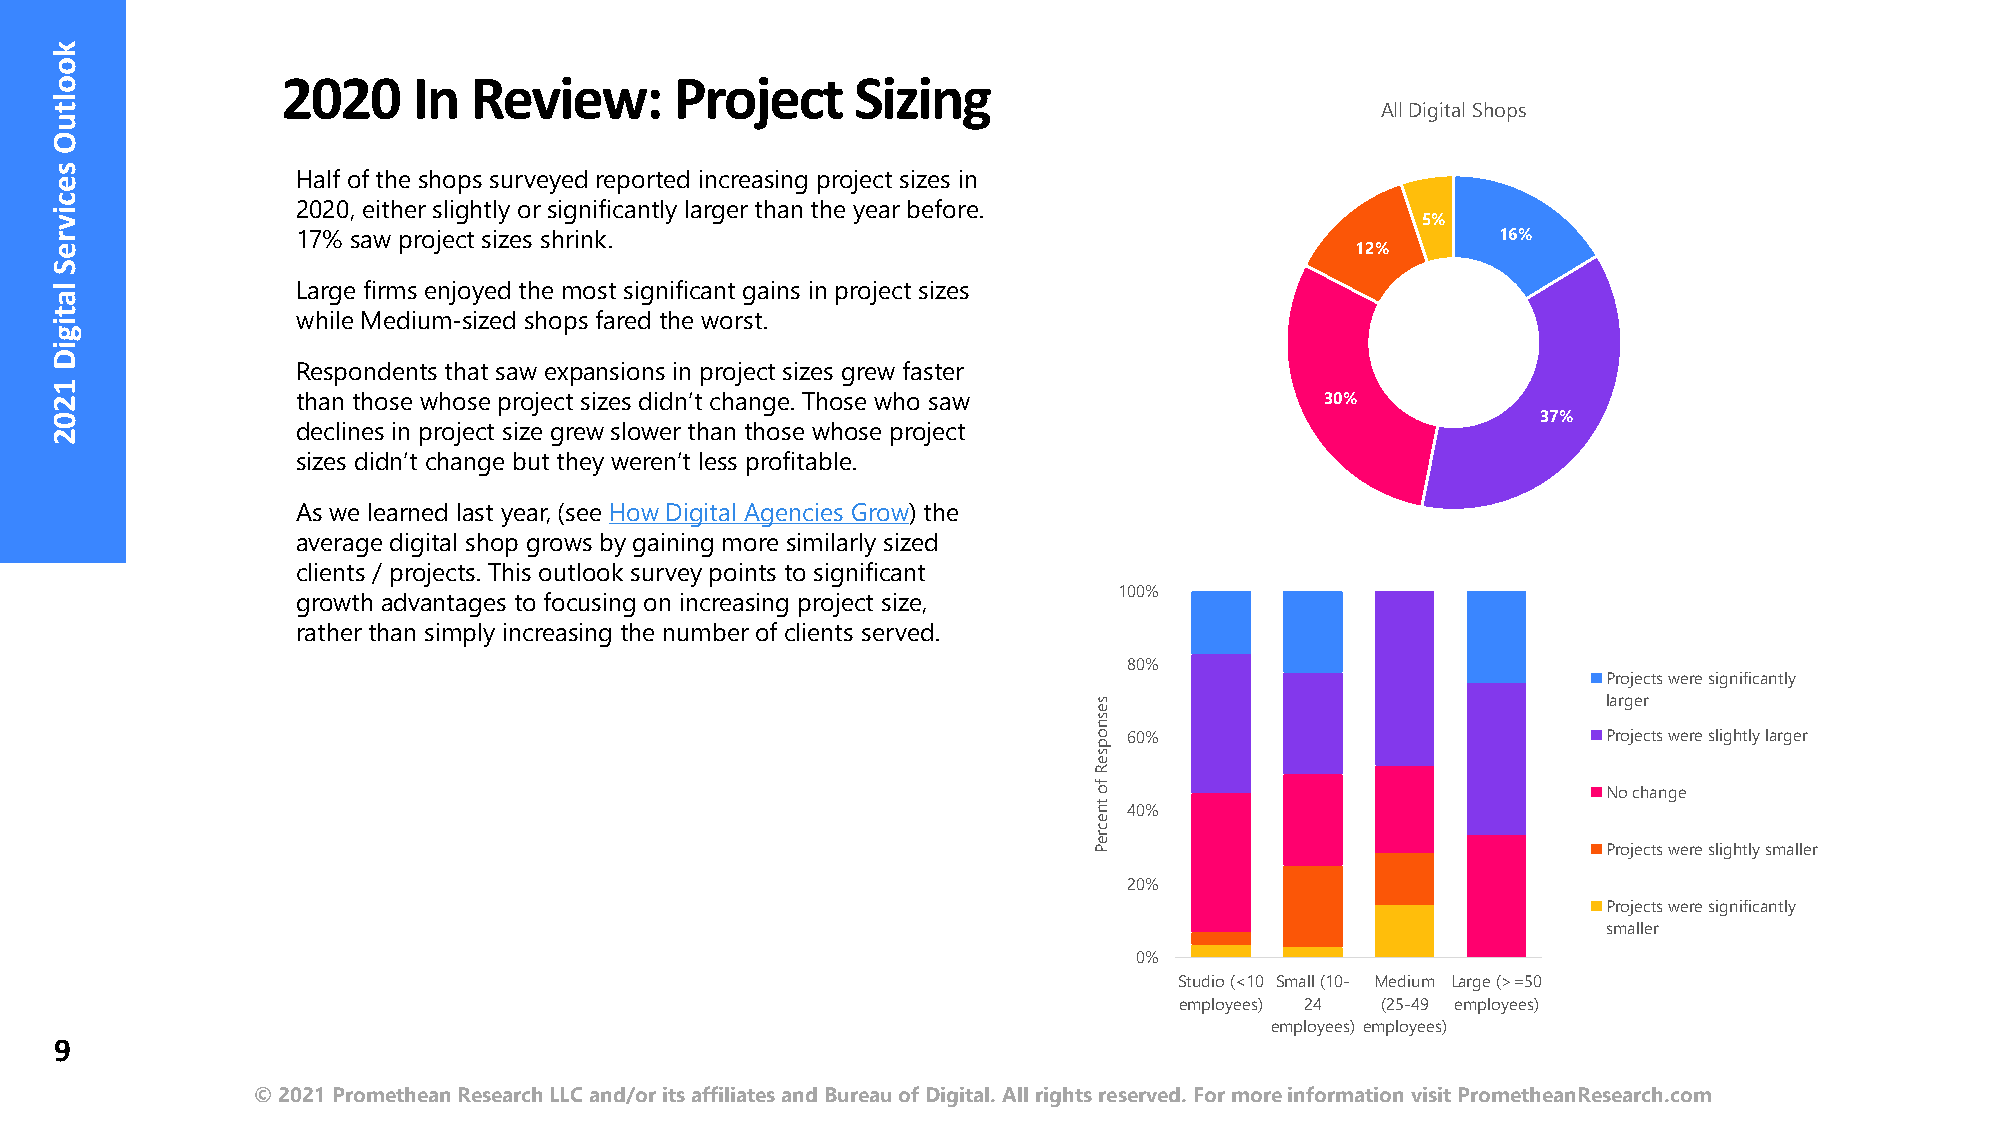
2020    In  Review:       Project     Sizing
 All Digital Shops
 Half of the shops surveyed reported increasing project sizes in
 2020, either slightly or significantly larger than the year before.
 5%
 17% saw project sizes shrink.                                                  16%
 12%
 Large firms enjoyed the most significant gains in project sizes
 while Medium-sized shops fared the worst.
 Respondents that saw expansions in project sizes grew faster
 than those whose project sizes didn’t change. Those who saw         30%
 37%
 declines in project size grew slower than those whose project
 sizes didn’t change but they weren’t less profitable.
 As we learned last year, (see How Digital Agencies Grow) the
 average digital shop grows by gaining more similarly sized
 clients / projects. This outlook survey points to significant
 100%
 growth advantages to focusing on increasing project size,
 rather than simply increasing the number of clients served.
 80%
 Projects were significantly
 larger
 60%                            Projects were slightly larger
 No change
 40%
 Projects were slightly smaller
 20%
 Projects were significantly
 smaller
 0%
 Studio (<10 Small (10- Medium Large (>=50
 employees) 24 (25-49 employees)
 employees) employees)
 9
 © 2021 Promethean Research LLC and/or its affiliates and Bureau of Digital. All rights reserved. For more information visit PrometheanResearch.com
 kooltuO
 secivreS
 latigiD
 1202
 sesnopseR
 fo
 tnecreP